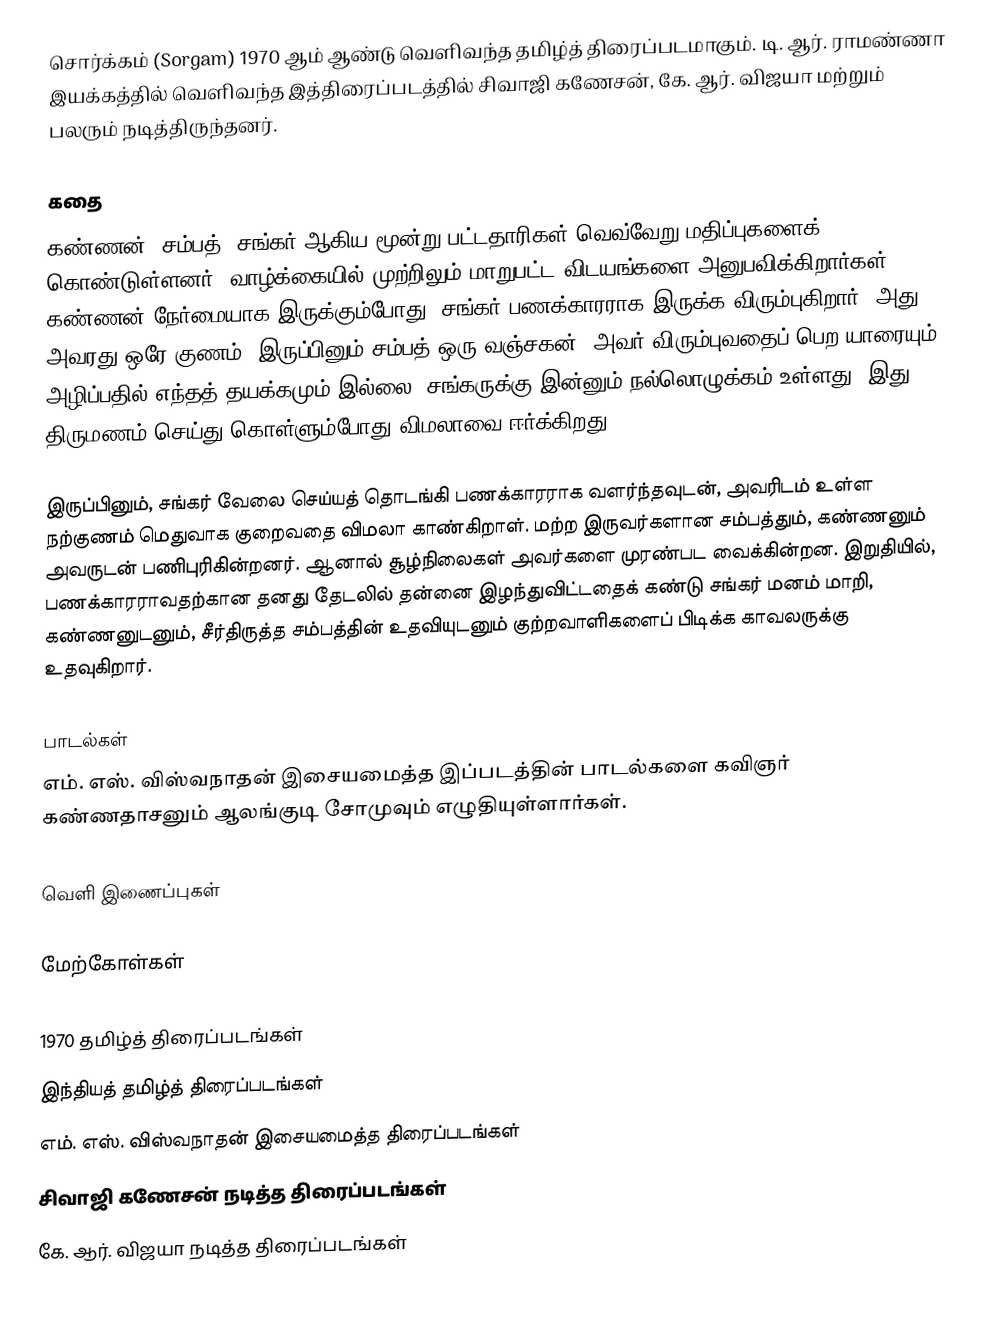
சொர்க்கம் (Sorgam) 1970 ஆம் ஆண்டு வெளிவந்த தமிழ்த் திரைப்படமாகும். டி. ஆர். ராமண்ணா இயக்கத்தில் வெளிவந்த இத்திரைப்படத்தில் சிவாஜி கணேசன், கே. ஆர். விஜயா மற்றும் பலரும் நடித்திருந்தனர்.

கதை
கண்ணன், சம்பத், சங்கர் ஆகிய மூன்று பட்டதாரிகள் வெவ்வேறு மதிப்புகளைக் கொண்டுள்ளனர். வாழ்க்கையில் முற்றிலும் மாறுபட்ட விடயங்களை அனுபவிக்கிறார்கள். கண்ணன் நேர்மையாக இருக்கும்போது, சங்கர் பணக்காரராக இருக்க விரும்புகிறார். அது அவரது ஒரே குணம். இருப்பினும் சம்பத் ஒரு வஞ்சகன், அவர் விரும்புவதைப் பெற யாரையும் அழிப்பதில் எந்தத் தயக்கமும் இல்லை. சங்கருக்கு இன்னும் நல்லொழுக்கம் உள்ளது. இது திருமணம் செய்து கொள்ளும்போது விமலாவை ஈர்க்கிறது.

இருப்பினும், சங்கர் வேலை செய்யத் தொடங்கி பணக்காரராக வளர்ந்தவுடன், அவரிடம் உள்ள நற்குணம் மெதுவாக குறைவதை விமலா காண்கிறாள். மற்ற இருவர்களான சம்பத்தும், கண்ணனும் அவருடன் பணிபுரிகின்றனர். ஆனால் சூழ்நிலைகள் அவர்களை முரண்பட வைக்கின்றன. இறுதியில், பணக்காரராவதற்கான தனது தேடலில் தன்னை இழந்துவிட்டதைக் கண்டு சங்கர் மனம் மாறி, கண்ணனுடனும், சீர்திருத்த சம்பத்தின் உதவியுடனும் குற்றவாளிகளைப் பிடிக்க காவலருக்கு உதவுகிறார்.

பாடல்கள்
எம். எஸ். விஸ்வநாதன் இசையமைத்த இப்படத்தின் பாடல்களை கவிஞர் கண்ணதாசனும் ஆலங்குடி சோமுவும் எழுதியுள்ளார்கள்.

வெளி இணைப்புகள்

மேற்கோள்கள்

1970 தமிழ்த் திரைப்படங்கள்
இந்தியத் தமிழ்த் திரைப்படங்கள்
எம். எஸ். விஸ்வநாதன் இசையமைத்த திரைப்படங்கள்
சிவாஜி கணேசன் நடித்த திரைப்படங்கள்
கே. ஆர். விஜயா நடித்த திரைப்படங்கள்